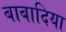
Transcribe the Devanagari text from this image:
बाबादिया